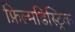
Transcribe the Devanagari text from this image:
फ़िल्मडिस्ट्रिक